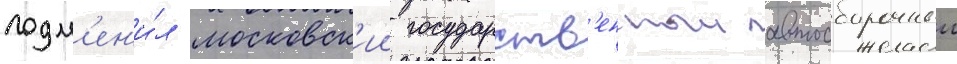
подм'ен'и́л московск'ии государств'енныи автосборочныи